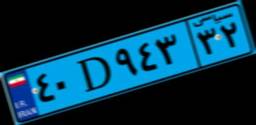
۱۷D۰۵۲۲۷